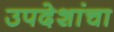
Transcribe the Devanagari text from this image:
उपदेशांचा